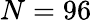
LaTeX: N=96